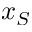
x _ { S }